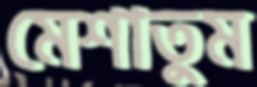
মেশাতুম